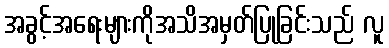
အခွင့်အရေးများကိုအသိအမှတ်ပြုခြင်းသည် လူ